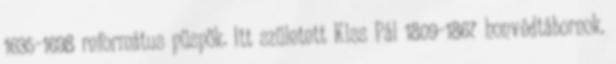
1635–1698 református püspök. Itt született Kiss Pál 1809–1867 honvédtábornok.